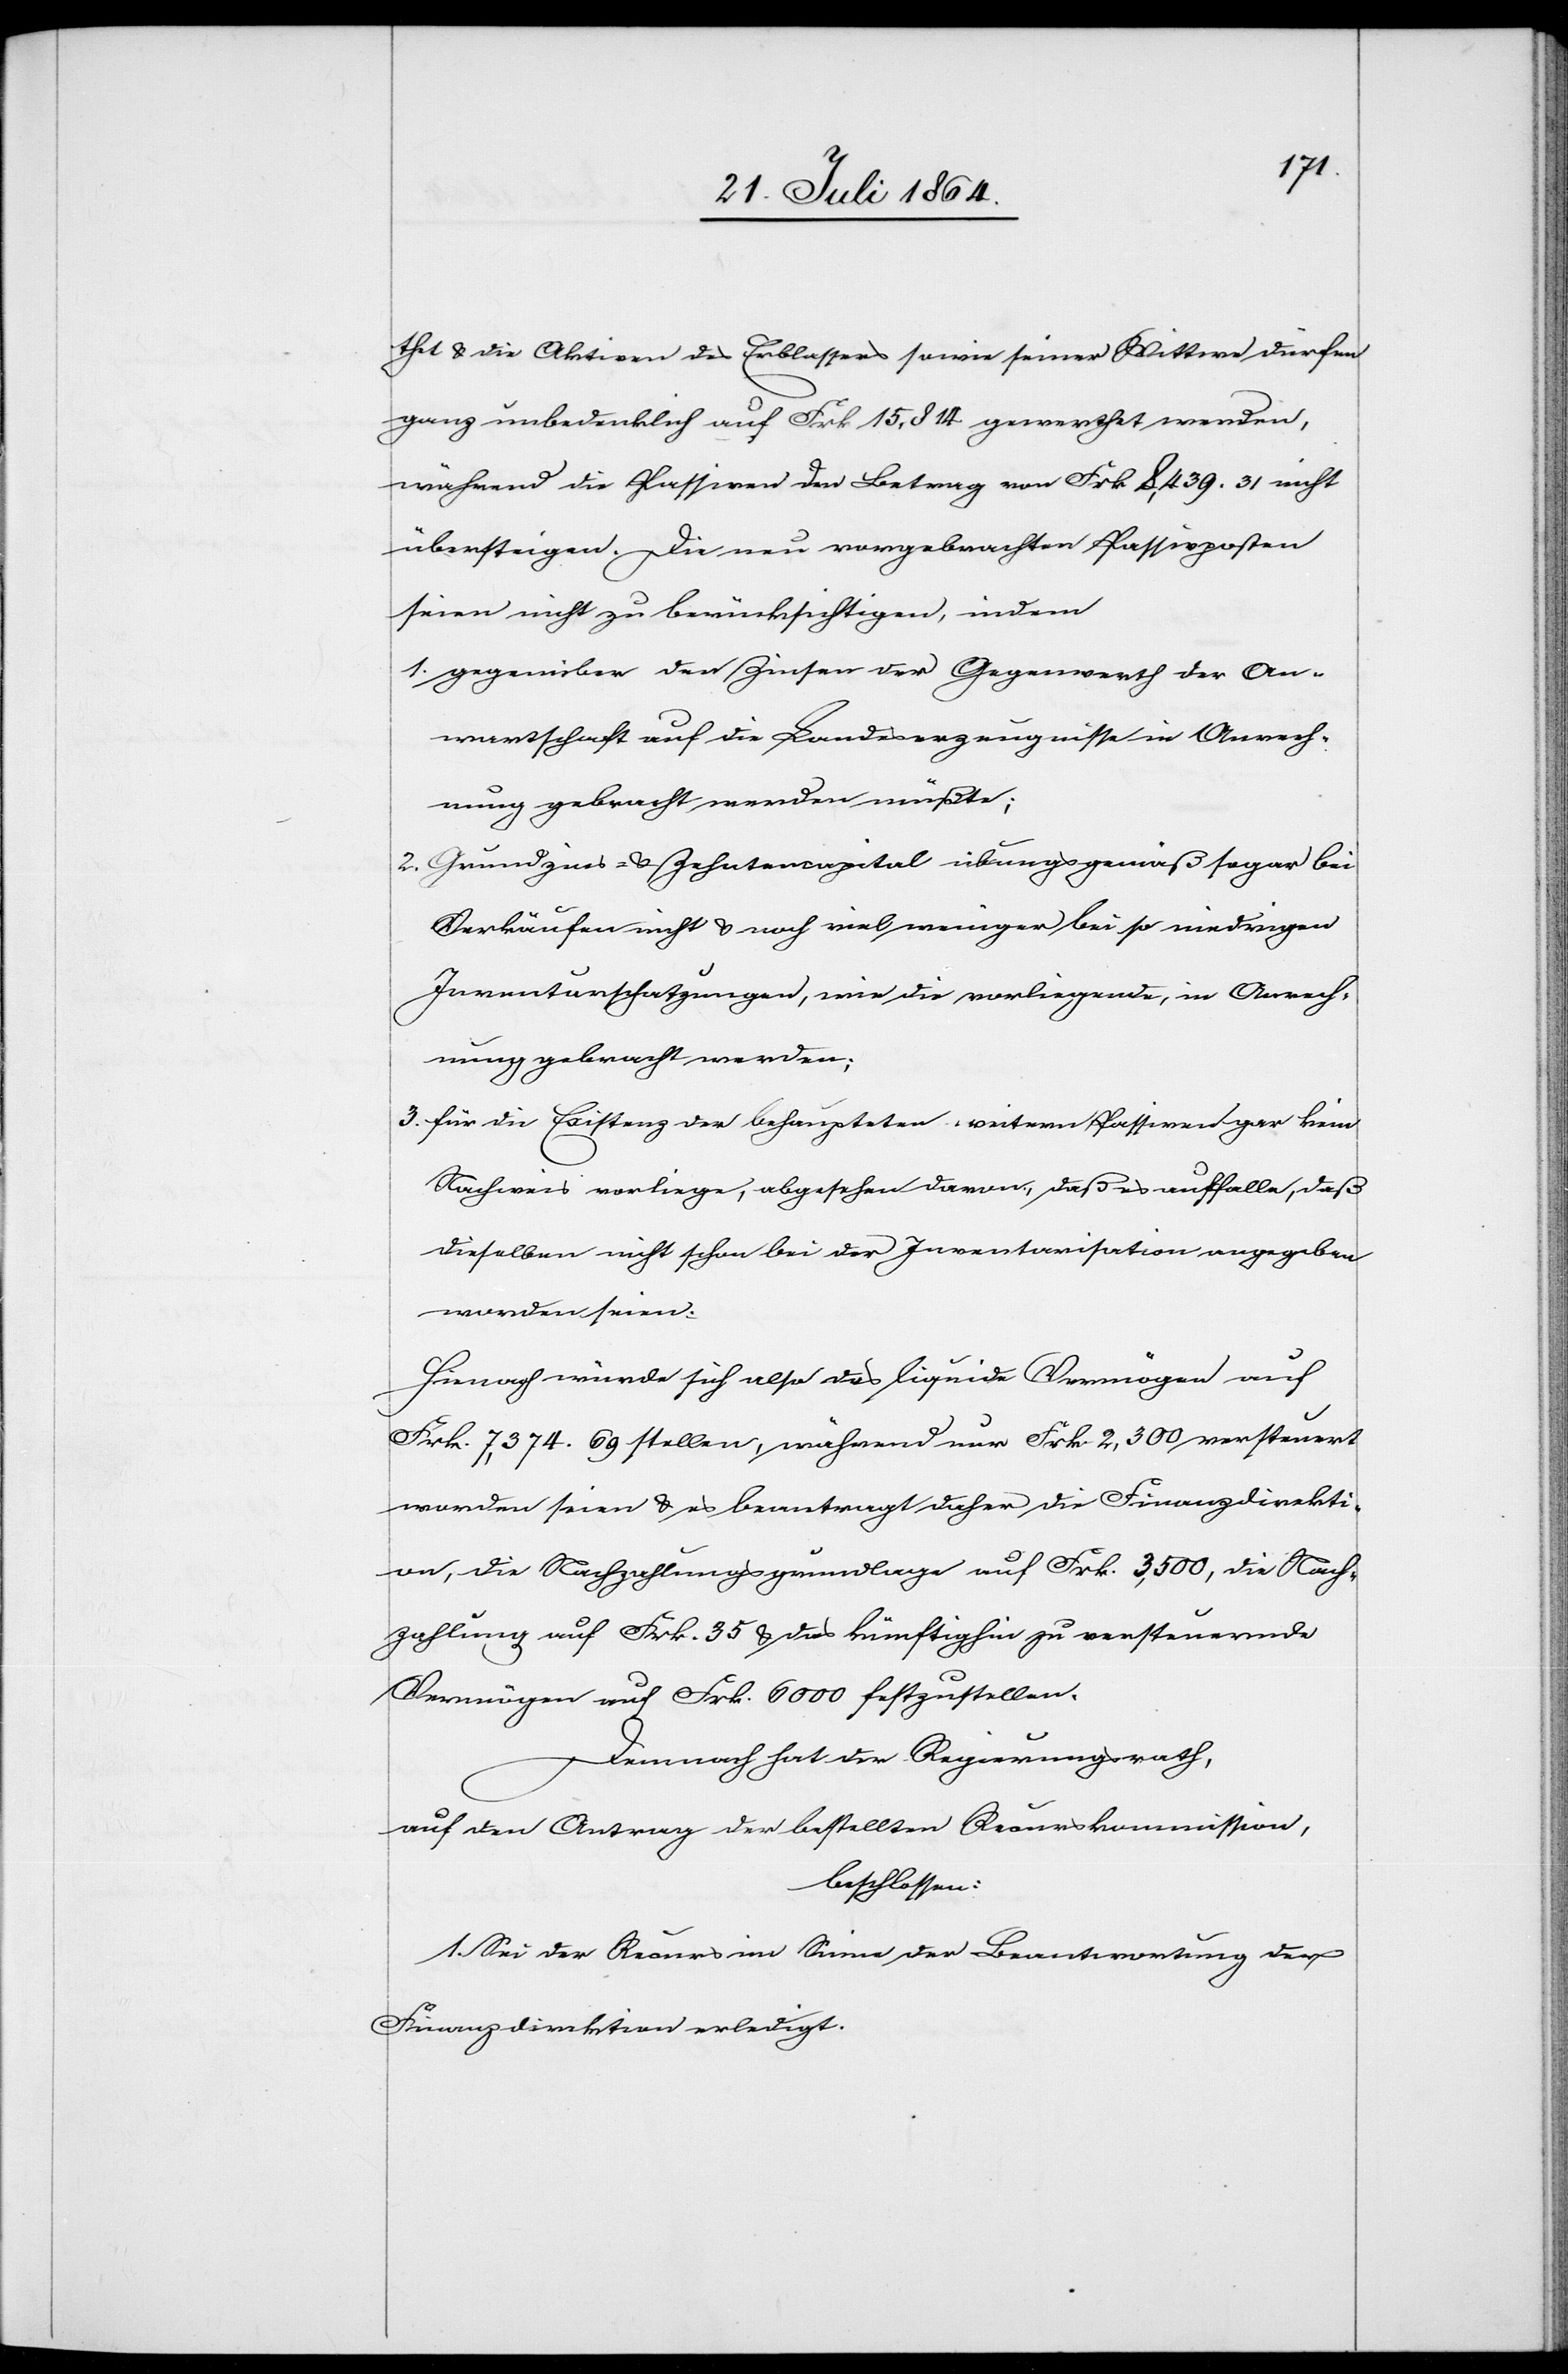
thet u. die Aktiven des Erblassers sowie seiner Wittwe dürfen
ganz unbedenklich auf Frk. 15,814 gewerthet werden,
während die Passiven den Betrag von Frk. 8,439. 31 nicht
übersteigen. Die neu vorgebrachten Passivposten
seien nicht zu berücksichtigen, indem
1. gegenüber der Zinsen der Gegenwarth der An¬
wartschaft auf die Landeserzeugnisse in Anrech¬
nung gebracht werden müßte;
2. Grundzins- u. Zehntencapital übungsgemäß sogar bei
Verkäufen nicht u. noch viel weniger bei so niedrigen
Inventarschatzungen, wie die vorliegende, in Anrech¬
nung gebracht werden;
3. für die Existenz der behaupteten weitern Passiven gar kein
Nachweis vorliege, abgesehen davon, daß es auffalle, daß
dieselben nicht schon bei der Inventarisation angegeben
worden seien.
Hienach würde sich also das liquide Vermögen auf
Frk. 7,374. 69 stellen, während nur Frk. 2,300 versteuert
worden seien u. es beantragt daher die Finanzdirekti¬
on, die Nachzahlungsgrundlage auf Frk. 3,500, die Nach¬
zahlung auf Frk. 35 u. das künftighin zu versteuernde
Vermögen auf Frk. 6000 festzustellen.
Demnach hat der Regierungsrath,
auf den Antrag der bestellten Recurskommission,
beschlossen:
1. Sei der Recurs im Sinne der Beantwortung der
Finanzdirektion erledigt.